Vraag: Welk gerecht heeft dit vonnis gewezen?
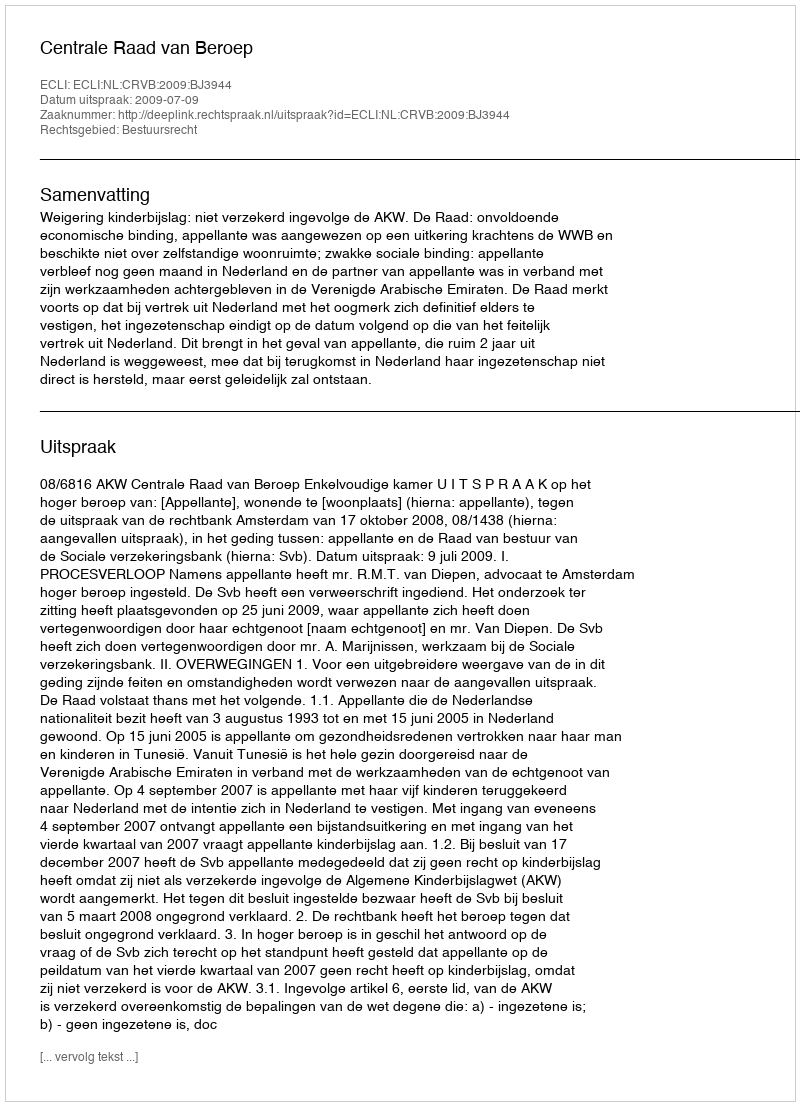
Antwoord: Centrale Raad van Beroep